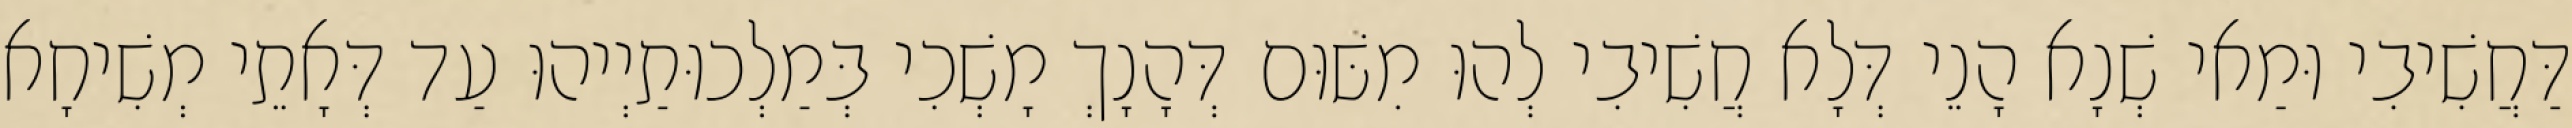
דַּחֲשִׁיבִי וּמַאי שְׁנָא הָנֵי דְּלָא חֲשִׁיבִי לְהוּ מִשּׁוּם דְּהָנָךְ מָשְׁכִי בְּמַלְכוּתַיְיהוּ עַד דְּאָתֵי מְשִׁיחָא